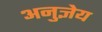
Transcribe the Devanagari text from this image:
अनुज्ञेय